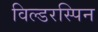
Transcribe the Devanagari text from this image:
विल्डरस्पिन